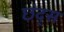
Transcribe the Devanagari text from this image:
छंद्स